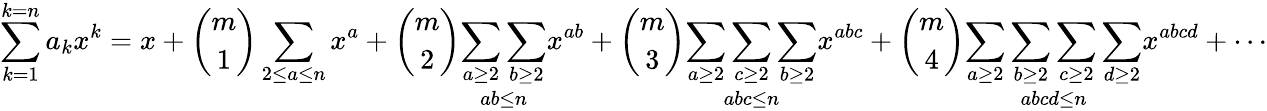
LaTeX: \sum_{k=1}^{k=n}a_{k}x^{k}=x+{\binom{m}{1}}\sum_{2\leq a\leq n}x^{a}+{\binom{m}{2}}{\underset{ab\leq n}{\sum_{a\geq 2}\sum_{b\geq 2}}}x^{ab}+{\binom{m}{3}}{\underset{abc\leq n}{\sum_{a\geq 2}\sum_{c\geq 2}\sum_{b\geq 2}}}x^{abc}+{\binom{m}{4}}{\underset{abcd\leq n}{\sum_{a\geq 2}\sum_{b\geq 2}\sum_{c\geq 2}\sum_{d\geq 2}}}x^{abcd}+\cdots